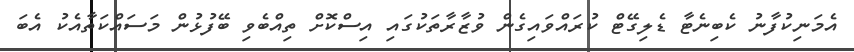
އެމަނިކުފާނު ކެބިނެޓާ ޑެލިގޭޓް ކުރައްވައިގެން ވުޒާރާތަކުގައި އިސްކޮށް ތިއްބެވި ބޭފުޅުން މަސައްކަތާއެކު އެބަ